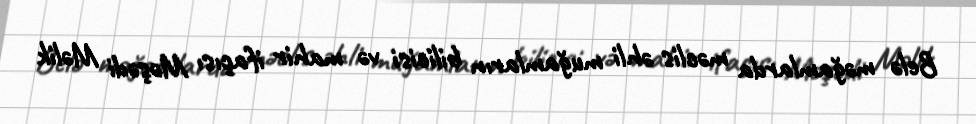
Belə məğamlarda məclis əhli muğamların bilicisi və mahir ifaçısı Məşədi Məlik